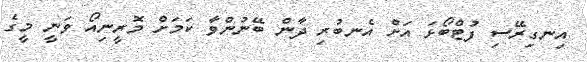
އިނގިރޭސި ފުޓްބޯޅަ އަށް އެނބުރި ދާން ބޭނުންވާ ކަމަށް މޮރީނިއޯ ވަނީ މީގެ